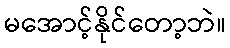
မအောင့်နိုင်တော့ဘဲ။